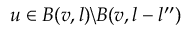
u \in B ( v , l ) \backslash B ( v , l - l ^ { \prime \prime } )